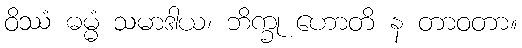
ဝိဿံ ဓမ္မံ သမာဒါယ၊ ဘိက္ခု ဟောတိ န တာဝတာ။